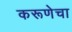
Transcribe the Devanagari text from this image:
करूणेचा